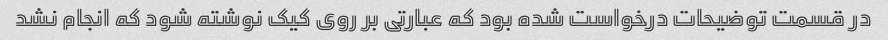
در قسمت توضیحات درخواست شده بود که عبارتی بر روی کیک نوشته شود که انجام نشد